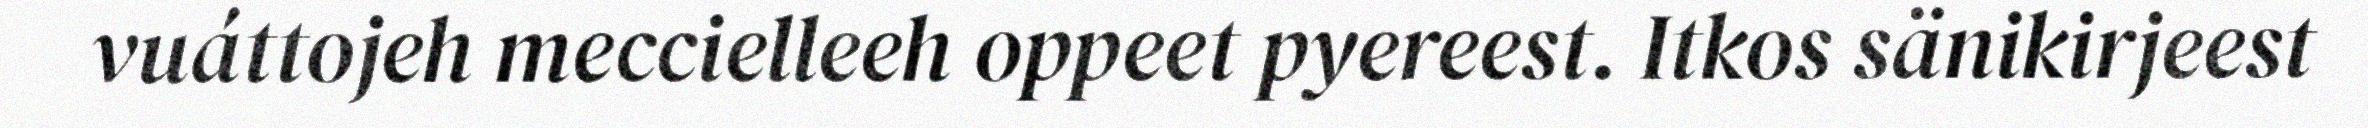
vuáttojeh meccielleeh oppeet pyereest. Itkos sänikirjeest